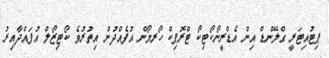
ޕިޓުއިޓަރީ ގްލޭންޑް އިން އެޑްރީނޯކޯޓިކޯ ޓްރޮޕިކް ހޯރމޯން އުފެއްދުން އިތުރުވެ ކޯޓިޒޯލް އުފައްދާއިރު